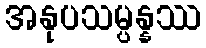
အနုပသမ္ပန္နဿ